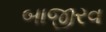
બાજીરવ